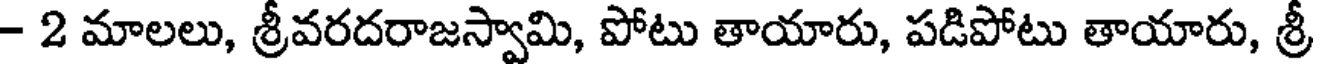
- 2 మాలలు, శ్రీవరదరాజస్వామి, పోటు తాయారు, పడిపోటు తాయారు, శ్రీ